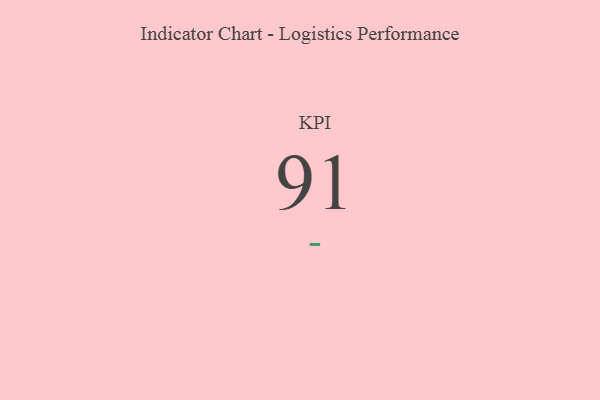
{"axis": {"x": "KPI", "y": "Value"}, "legend": [""], "data": [{"x": "KPI", "y": 91, "type": ""}]}